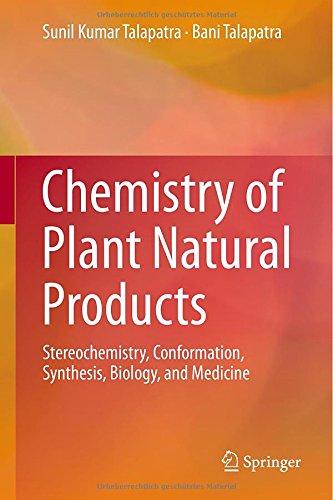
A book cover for Chemistry of Plant Natural Products: Stereochemistry, Conformation, Synthesis, Biology, and Medicine; Sunil Kumar Talapatra; Science & Math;